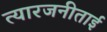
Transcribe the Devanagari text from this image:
त्यारजनीताई